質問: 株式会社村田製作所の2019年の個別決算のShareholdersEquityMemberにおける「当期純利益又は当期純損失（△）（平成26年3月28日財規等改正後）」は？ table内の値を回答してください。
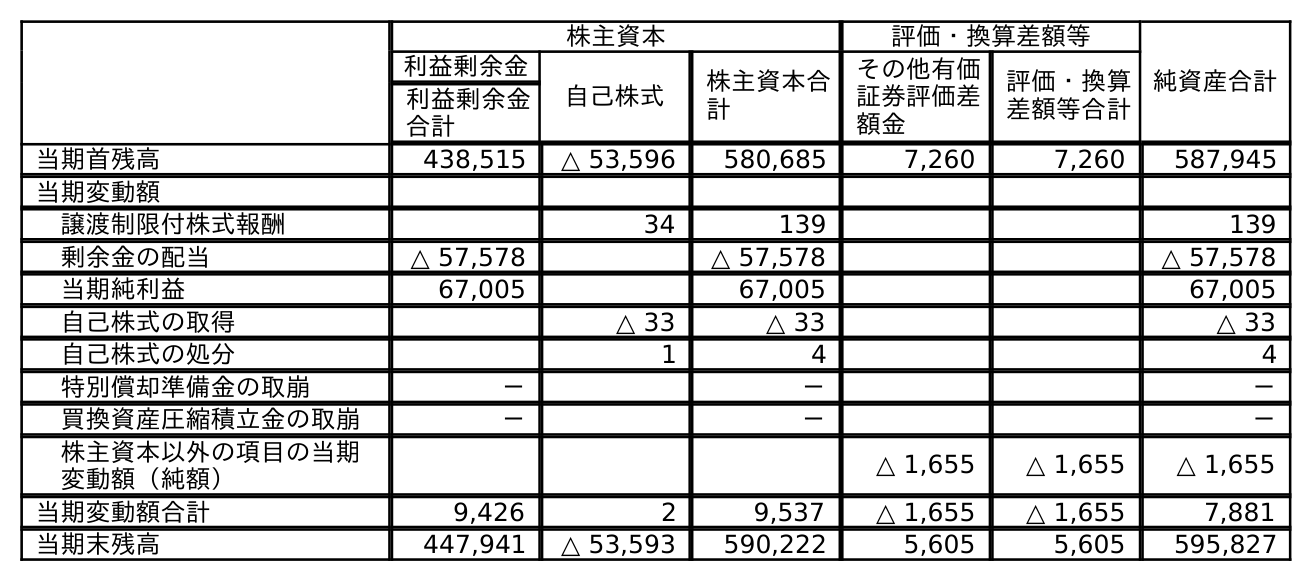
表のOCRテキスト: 株主資本 評価・換算差額等 純資産合計 利益剰余金 自己株式 株主資本合 計 その他有価 証券評価差 額金 評価・換算 差額等合計 利益剰余金 合計 当期首残高 438,515 △ 53,596 580,685 7,260 7,260 587,945 当期変動額 譲渡制限付株式報酬 34 139 139 剰余金の配当 △ 57,578 △ 57,578 △ 57,578 当期純利益 67,005 67,005 67,005 自己株式の取得 △ 33 △ 33 △ 33 自己株式の処分 1 4 4 特別償却準備金の取崩 － － － 買換資産圧縮積立金の取崩 － － － 株主資本以外の項目の当期 変動額（純額） △ 1,655 △ 1,655 △ 1,655 当期変動額合計 9,426 2 9,537 △ 1,655 △ 1,655 7,881 当期末残高 447,941 △ 53,593 590,222 5,605 5,605 595,827
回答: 67,005